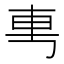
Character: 𰹉